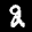
Label: 2